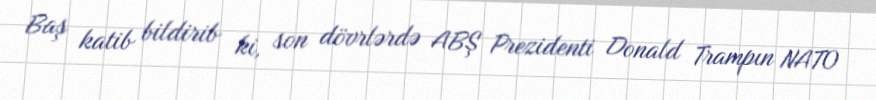
Baş katib bildirib ki, son dövrlərdə ABŞ Prezidenti Donald Trampın NATO